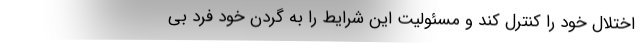
اختلال خود را کنترل کند و مسئولیت این شرایط را به گردن خود فرد بی